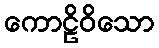
ကောဠိဝိသော